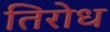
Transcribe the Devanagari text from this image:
तिरोध